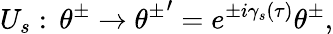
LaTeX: U_{s}:\, \theta^{\pm}\rightarrow{\theta^{\pm}}^{\prime}=e^{\pm i{\gamma}_{s}(\tau)}\theta^{\pm},